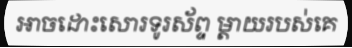
អាចដោះសោរទូរស័ព្ទ ម្តាយរបស់គេ